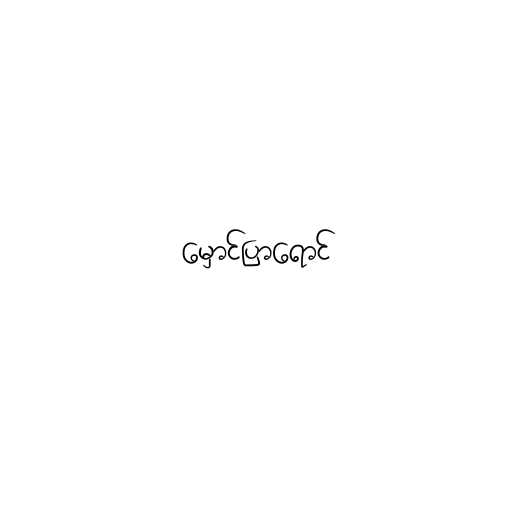
မှောင်ပြာရောင်